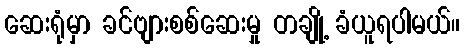
ဆေးရုံမှာ ခင်ဗျားစစ်ဆေးမှု တချို့ ခံယူရပါမယ်။